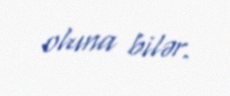
oluna bilər.